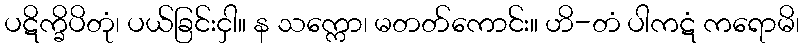
ပဋိက္ခိပိတုံ၊ ပယ်ခြင်းငှါ။ န သက္ကော၊ မတတ်ကောင်း။ ဟိ-တံ ပါကဋံ ကရောမိ၊